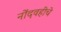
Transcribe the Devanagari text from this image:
नोंदवहीचे